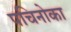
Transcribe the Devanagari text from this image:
पचिनोका